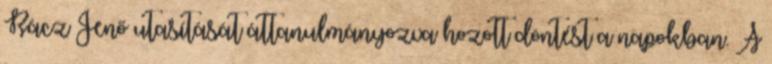
Rácz Jenő utasítását áttanulmányozva hozott döntést a napokban. A